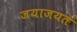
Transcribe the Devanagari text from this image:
जयाजयत